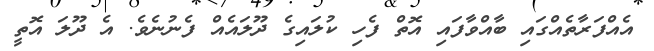
އެއްފަރާތެއްގައި ބާއްވާފައި އޮތް ފެހި ކުލައިގެ ދޫލައެއް ފެނުނެވެ. އެ ދޫލަ އޮތީ